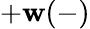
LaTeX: +\mathbf{w}(-)